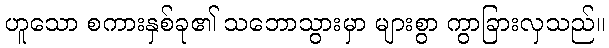
ဟူသော စကားနှစ်ခု၏ သဘောသွားမှာ များစွာ ကွာခြားလှသည်။